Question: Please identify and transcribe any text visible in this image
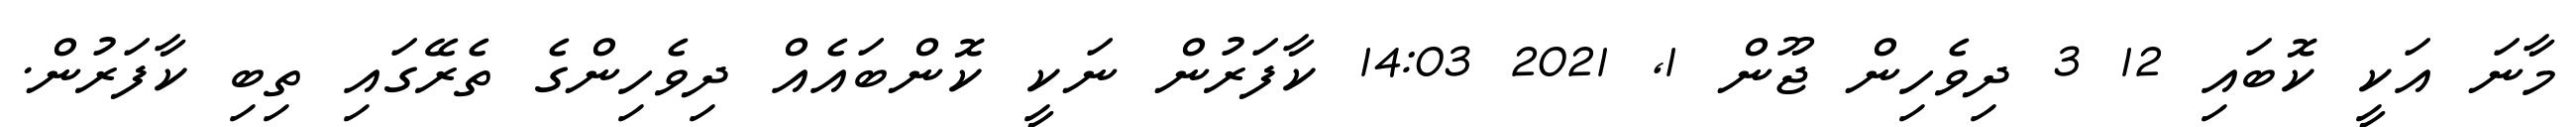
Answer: މާނަ އަކީ ކޮބައި 12 3 ދިވެހިން ޖޫން 1, 2021 14:03 ކާފަރުން ނަކީ ކޮންބައެއް ދިވެހިންގެ ތެރޭގައި ތިބި ކާފަރުން.